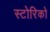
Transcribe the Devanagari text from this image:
स्टोरिको